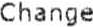
CHANGE